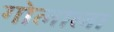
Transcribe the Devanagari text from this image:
गोलाला